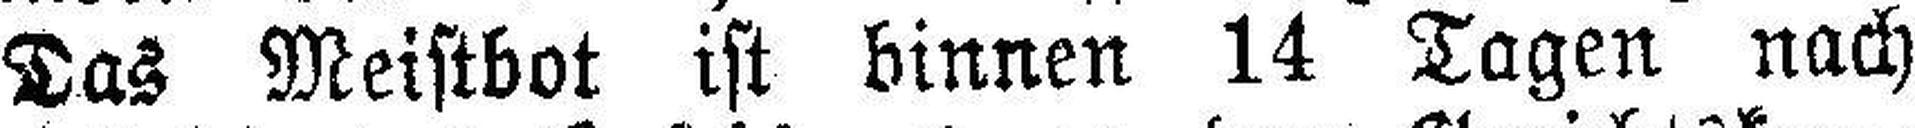
Das Meistbot ist binnen 14 Tagen nach